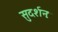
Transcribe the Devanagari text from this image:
सुदर्शनः